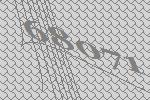
68071